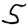
Digit: 5